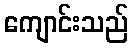
ကျောင်းသည်